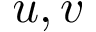
u , v